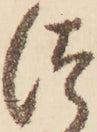
つ